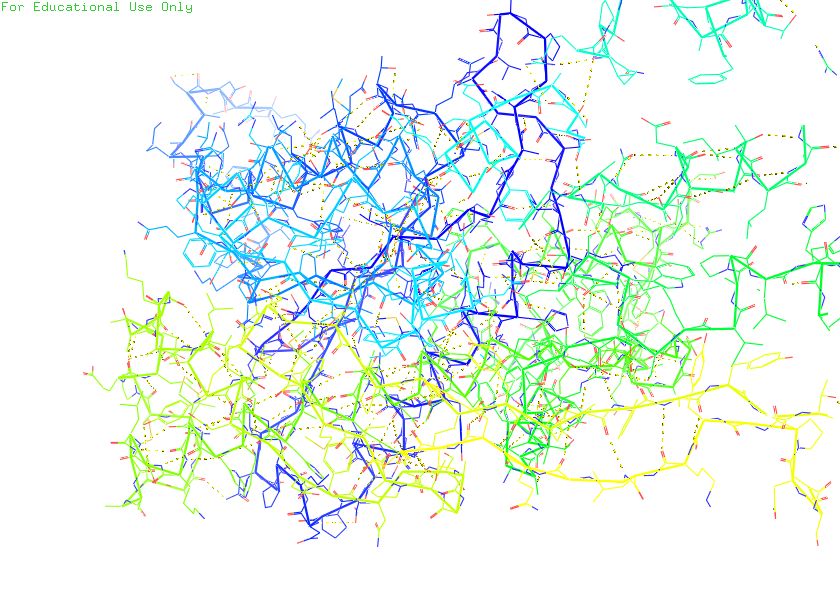
pymol, preset, technical